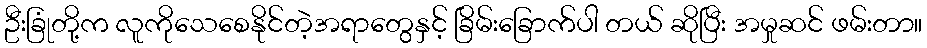
ဦးခြုံတို့က လူကိုသေစေနိုင်တဲ့အရာတွေနှင့် ခြိမ်းခြောက်ပါ တယ် ဆိုပြီး အမှုဆင် ဖမ်းတာ။